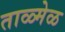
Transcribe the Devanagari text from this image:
ताळ्मेळ